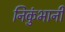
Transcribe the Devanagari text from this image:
निकुंभानी